Mustjala_vallavalitsus, lk 5
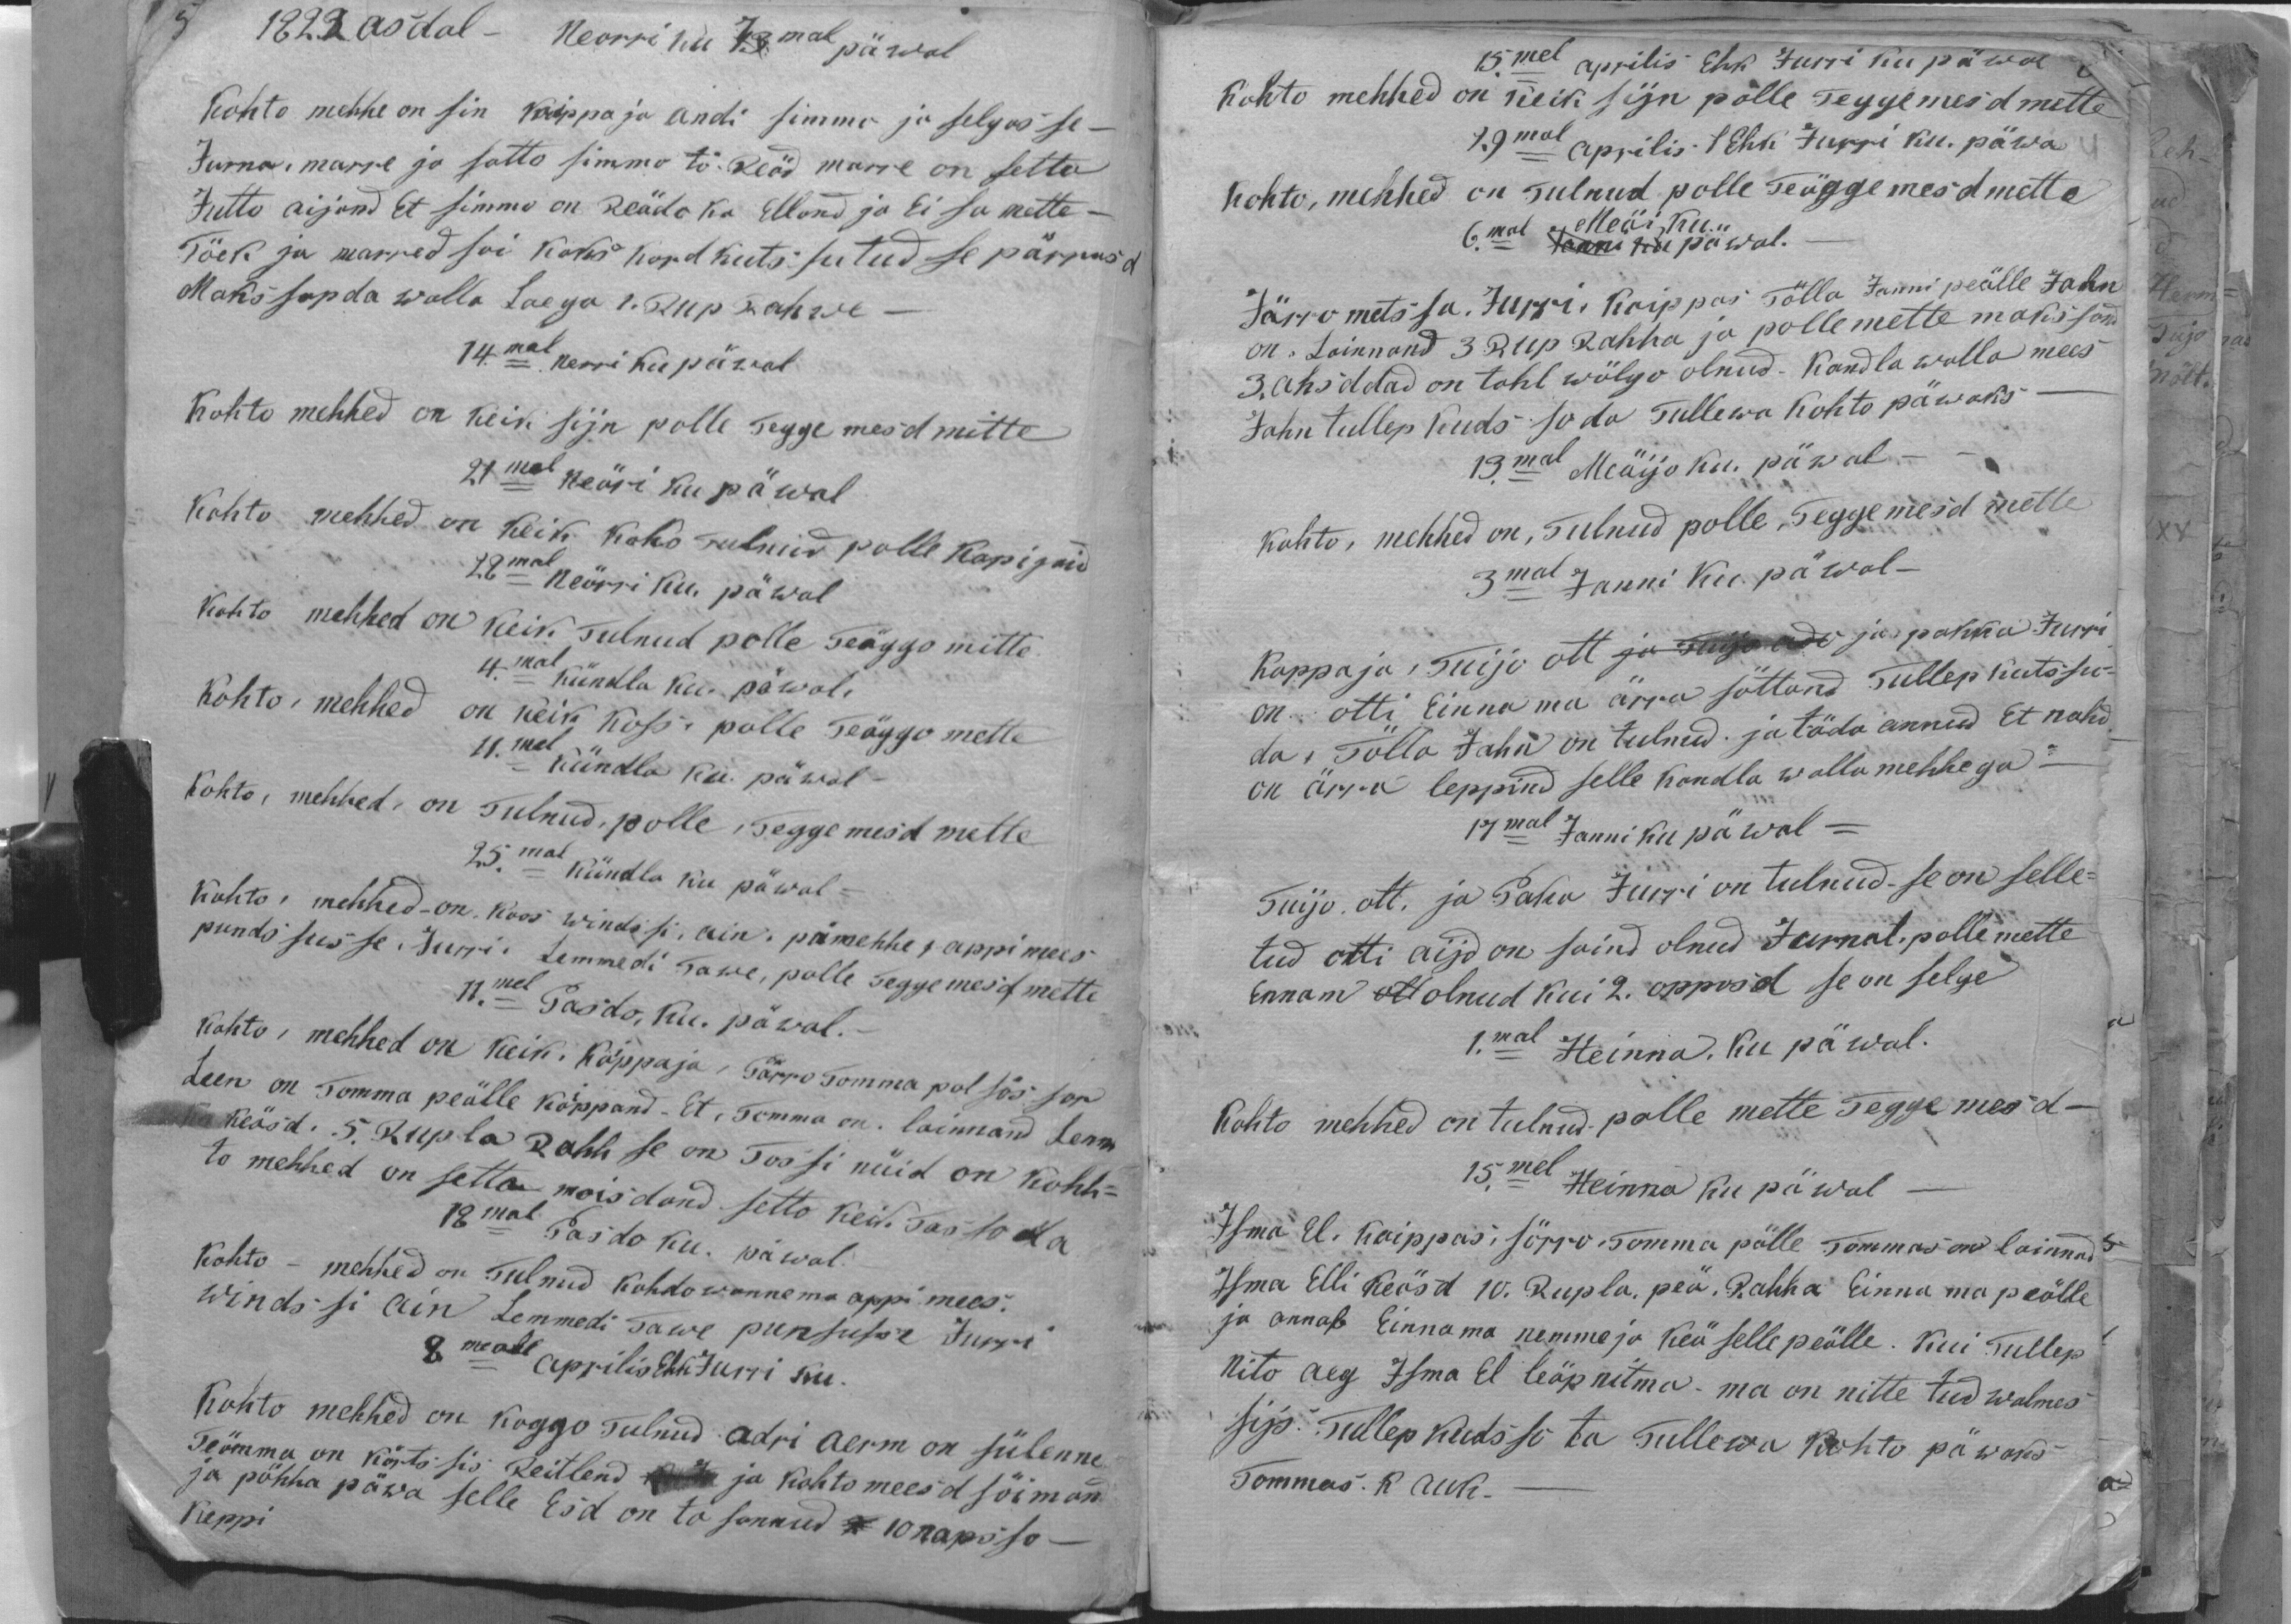
1829 asdal - Nearri ku 7mal päwal
Kohto mehhe on sin kaippaja andi simmo ja selgusse-
Jürna, marre ja satto Simmo tö. Reöd marre on setta
Jutto aijand Et simmo on Reädo ka Elland ja Ei sa mette-
Töek ja marred sai kaks kord kutssutud se pärrasd
Makssap da walla Laega 1. Rup. Rahwe-
14. mal Nerri Ku päwal
Kohto mehhed on keik sijn polle Teggemesd mitte
21mal neäri ku päwal
Kohto mehhed on keik koko tulnud polle kopigaid
28mal Neärri ku. päwal
Kohto mehhed on keik Tulnud polle Teäggo mette
4. mal kündla ku. päwal
Kohto-mehhed on kõik koss- polle Teäggo mette
11. mal kündla ku. päwal-
Kohto, mehhed on Tulnud, polle Teggemesd mitte
25.mal kündla ku päwal-
Kohto mehhed - on koos windssi, ain pämehhe, appimees
pundssusse. Jürri Lemmedi Tawe, polle Teggemesd, mette
11.mel Pasdo, ku. päwal.-
kohto, mehhed on keik. kaippaja, Pärro Tomma pol sössar
Leen on Tomma peälle kaippand. Et Temma on lainnand Lenn
no keäst. 5. Rupla Rahh se on Tossi nüid on kohh-
to mehhed on setta moisdand setto keil Tassoda
18mal Pasdo ku. päwal
Kohto - mehhed on Tulnud kohdo wannema appi mees.
Windssi ain Lemmedi Tawe punsusse Jurri
8 meal aprilis Ehk Jurri ku
Kohto mehhed on koggo tulnud Adri aerm on sülenne
Teämma on kõrtssis Reitlend ja kohto meesd söiman
ja pühha päwa selle Esd on ta sannud 10 napsso-
keppi

15.mel aprilis Ehk Jurri ku päwal.
Kohto mehhed on keik sijn polle Teggemesd mette
19mal aprilis Ehki Jurri ku. päwa
Kohto, mehhed on Tulnud polle Teüggemesd mette
6.mal Meäi ku päwal.
Järrometssa. Jurri Kaippas Tölla Janni peälle Jahn
on. Lainnand 3 Rup Rahha ja polle mette makssand
3. ahsddad on tahl wölgo olnud. Kandla walla mees
Jahn tullep kudssoda Tullewa Kohto päewaks
13.mal Meäijo ku päwal
kohto, mehhed on, Tulnud polle. Teggemesd mette
3.mal Janni ku päwal-
Kappaja, Tuijo ott ja Riisa Ado ja pakka Jurri
on otti Einna ma ärra sõttand Tullep kutssu-
da. Tölla Jahn on tulnud ja täda annud Et nahd
on ärra leppind selle Kandla walla mehhega-
17mal Janni ku päwal -
Tuijo, ott ja Paku Jürri on tulnud se on selle-
tud otti aijd on saind olnud. Jurnat, polle mette
Ennam olnud kui 2. oppvad se on selge
1.mal Heinna. ku päwal.
Kohto mehhed on tulnud polle mette Teggemesd
15.mal Heinna ku päwal
Isma El. Kaippas, sörro Tomma pälle Tommas on lainnud
Isma Elli keösd 10. Rupla, peä. Rahha Einna ma peälle
ja annab Einnama nemme ja keä selle peälle. Kui Tullep
Nito aeg Isma El leäp nitma ma on nittetud walmes
sijs. Tullep kudsso ta Tullewa Kohto päwaks
Tommas. K auk-